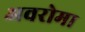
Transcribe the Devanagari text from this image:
अवरोमा